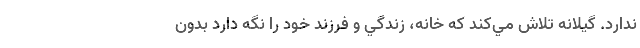
ندارد. گيلانه تلاش مي‌کند که خانه، زندگي و فرزند خود را نگه دارد بدون